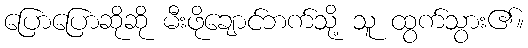
ပြောပြောဆိုဆို မီးဖိုချောင်ဘက်သို့ သူ ထွက်သွား၏။